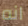
انه